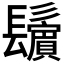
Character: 𩯫